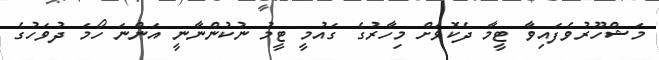
މަޝްހޫރުވެފައިވާ ޓީމާ ދެކޮޅަށް މިހާރުގެ ގައުމީ ޓީމު ނުކުންނާނީ އަންނަ ހޯމަ ދުވަހުގެ